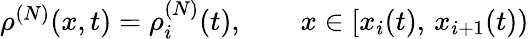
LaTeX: \begin{array}{r}{\rho^{(N)}(x,t)=\rho_{i}^{(N)}(t),\qquad x\in[x_{i}(t),\, x_{i+1}(t))}\end{array}